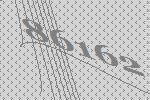
86162